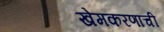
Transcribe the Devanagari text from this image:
खेमकरणाची